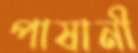
পাষানী